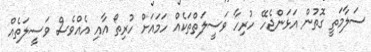
ސަލާމަތީ ގޮތުން އަޅަންޖެހޭ ހުރިހާ ވަސީލަތްތަކެއް ހަމައަށް ހުރިތޯ އާއި އެއްވެސް ވަސީލަތެއް